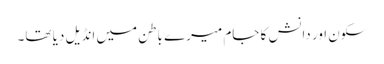
سکون اور دانش کا جام میرے باطن میں انڈیل دیا تھا۔